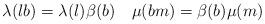
LaTeX: \begin{align*}\lambda(l b) = \lambda(l)\beta(b) \quad\mu(bm) = \beta(b)\mu(m)\end{align*}